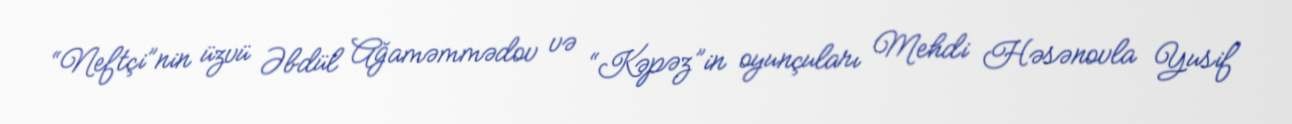
“Neftçi”nin üzvü Əbdül Ağaməmmədov və “Kəpəz”in oyunçuları Mehdi Həsənovla Yusif